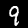
Digit: 9